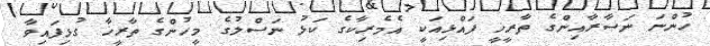
ހުންނަ ނަސާރާއިންގެ ތާރީޚީ ފައްޅިއަކީ އެމެރިކާގެ ކަޅު ނަސްލުގެ މީހުންގެ ތާރީޚާ ގުޅިފައިވާ